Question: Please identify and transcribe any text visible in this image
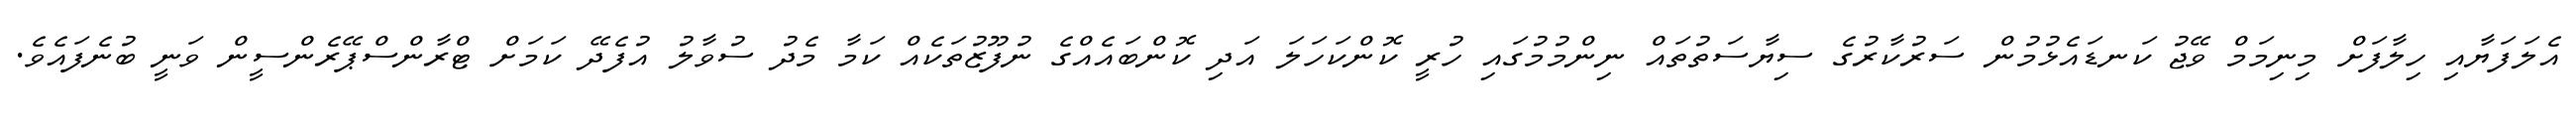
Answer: އެލަފަޔާއި ހިލާފަށް މިނިމަމް ވޭޖު ކަނޑައެޅުމުން ސަރުކާރުގެ ސިޔާސަތުތައް ނިންމުމުގައި ހުރީ ކޮންކަހަލަ އަދި ކޮންބައެއްގެ ނުފޫޒުތަކެއް ކަމާ މެދު ސުވާލު އުފެދޭ ކަމަށް ޓްރާންސްޕޭރެންސީން ވަނީ ބުނެފައެވެ.